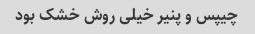
چیپس و پنیر خیلی روش خشک بود